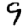
Digit: 9